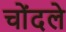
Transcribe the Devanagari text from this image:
चोंदले